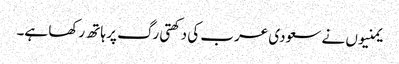
یمنیوں نے سعودی عرب کی دکھتی رگ پر ہاتھ رکھا ہے۔